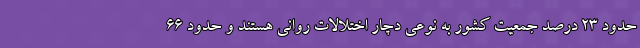
حدود ۲۳ درصد جمعیت کشور به نوعی دچار اختلالات روانی هستند و حدود ۶۶